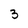
Character: 3